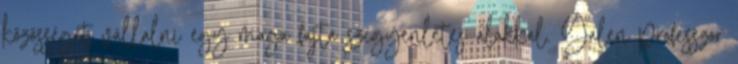
közösséget vállalni egy maga fajta szégyenletes alakkal. Galen professzor